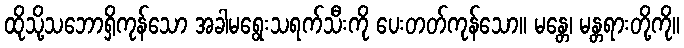
ထိုသို့သဘောရှိကုန်သော အခါမရွေးသရက်သီးကို ပေးတတ်ကုန်သော။ မန္တေ၊ မန္တရားတို့ကို။